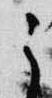
之